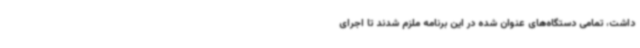
داشت، تمامی دستگاه‌های عنوان شده در این برنامه ملزم شدند تا اجرای